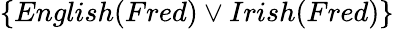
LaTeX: \{ English(Fred)\vee Irish(Fred)\}